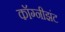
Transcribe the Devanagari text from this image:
कॉग्नीझंट